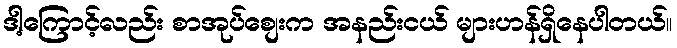
ဒါ့ကြောင့်လည်း စာအုပ်စျေးက အနည်းငယ် များဟန်ရှိနေပါတယ်။